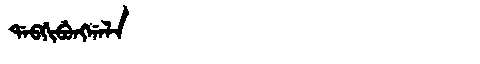
Manchu: ᡩᠠᠪᡤᡳᠪᡠᠩᡤᠠᠯᠠ
Romanization: DABGIBUNGGALA